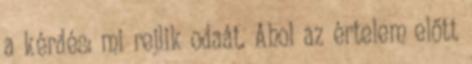
a kérdés: mi rejlik odaát. Ahol az értelem előtt